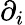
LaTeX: \partial_{i}